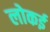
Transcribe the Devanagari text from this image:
लोकई